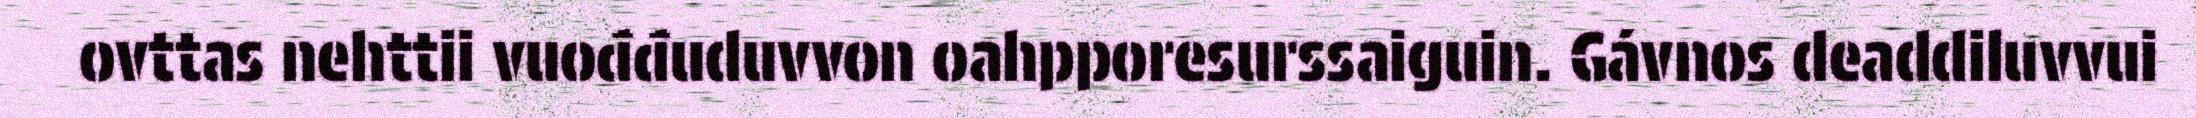
ovttas nehttii vuođđuduvvon oahpporesurssaiguin. Gávnos deaddiluvvui